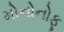
મોનોનોફૂ